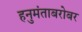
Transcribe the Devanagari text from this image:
हनुमंताबरोबर